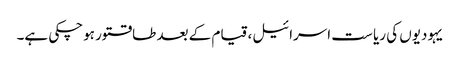
یہودیوں کی ریا ست اسرائیل، قیام کے بعد طاقتور ہوچکی ہے۔